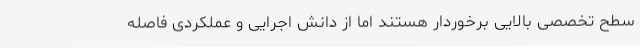
سطح تخصصی بالایی برخوردار هستند اما از دانش اجرایی و عملکردی فاصله